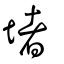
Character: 堵